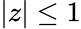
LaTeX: |z|\le 1